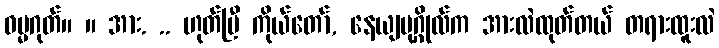
ဓမ္မဂုတ်။ ။ အား. .. ဟုတ်ပြီ ကိုယ်တော်, နေယျပုဂ္ဂိုလ်က အားလဲထုတ်တယ် တရားထူးလဲ